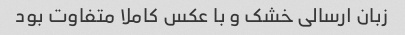
زبان ارسالی خشک و با عکس کاملا متفاوت بود